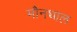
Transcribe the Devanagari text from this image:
मौनथाल